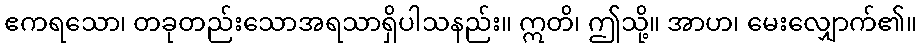
ဧကရသော၊ တခုတည်းသောအရသာရှိပါသနည်း။ ဣတိ၊ ဤသို့။ အာဟ၊ မေးလျှောက်၏။